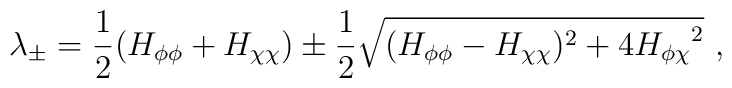
\lambda_{\pm}=\frac{1}{2}(H_{\phi\phi}+H_{\chi\chi})\pm\frac{1}{2}\sqrt{(H_{\phi\phi}-H_{\chi\chi})^2+4 {H_{\phi\chi}}^2}~,